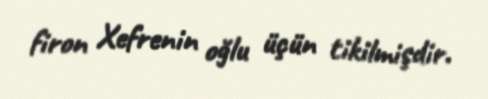
firon Xefrenin oğlu üçün tikilmişdir.